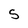
Character: S